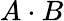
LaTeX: A\cdot B